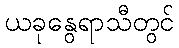
ယခုနွေရာသီတွင်